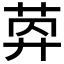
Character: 𦯛